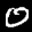
Label: 0